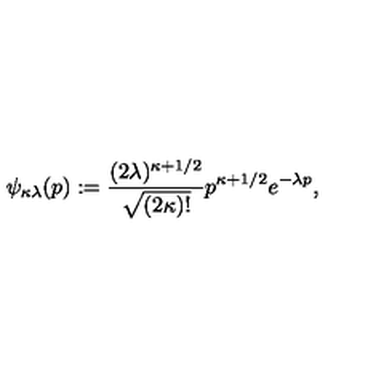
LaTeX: \psi _ { \kappa \lambda } ( p ) : = \frac { ( 2 \lambda ) ^ { \kappa + 1 / 2 } } { \sqrt { ( 2 \kappa ) ! } } p ^ { \kappa + 1 / 2 } e ^ { - \lambda p } ,